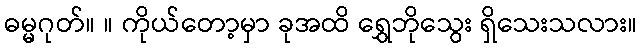
ဓမ္မဂုတ်။ ။ ကိုယ်တော့မှာ ခုအထိ ရွှေဘိုသွေး ရှိသေးသလား။